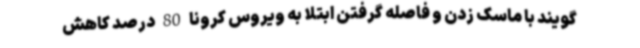
گویند با ماسک زدن و فاصله گرفتن ابتلا به ویروس کرونا 80 درصد کاهش